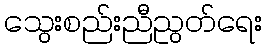
သွေးစည်းညီညွတ်ရေး